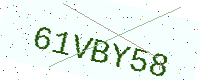
Text: 61VBY58